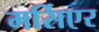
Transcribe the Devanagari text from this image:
मर्सिएर